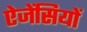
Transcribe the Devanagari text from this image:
ऐजेंसियों